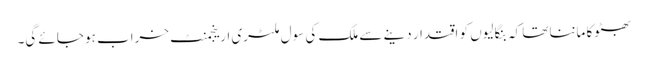
بھٹوکا ماننا تھا کہ بنگالیوں کو اقتدار دینے سے ملک کی سول ملٹری ارینجمنٹ خراب ہو جائے گی۔